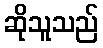
ဆိုသူသည်